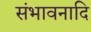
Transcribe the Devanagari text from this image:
संभावनादि